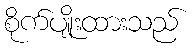
စိုက်ပျိုးထားသည်